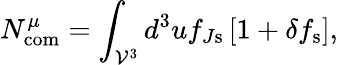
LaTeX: N_{\mathrm{com}}^{\mu}=\int_{\mathcal{V}^{3}}d^{3}uf_{J\mathrm{s}}\left[1+\delta f_{\mathrm{s}}\right],